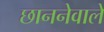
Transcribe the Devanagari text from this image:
छाननेवाले